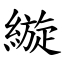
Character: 縼